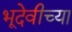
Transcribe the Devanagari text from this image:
भूदेवीच्या